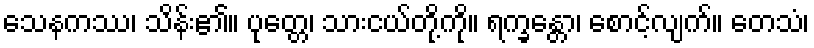
သေနကဿ၊ သိန်း၏။ ပုတ္တေ၊ သားငယ်တို့ကို။ ရက္ခန္တော၊ စောင့်လျက်။ တေသံ၊